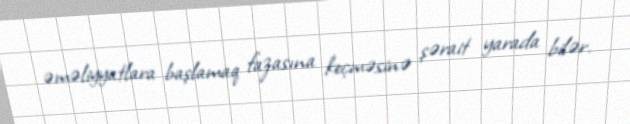
əməliyyatlara başlamaq fazasına keçməsinə şərait yarada bilər.